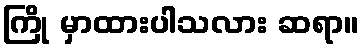
ကြို မှာထားပါသလား ဆရာ။